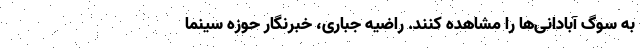
به سوگ آبادانی‌ها را مشاهده کنند. راضیه جباری، خبرنگار حوزه سینما